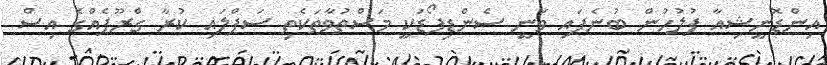
އިންޑޮނީޝިއާ ފުލުހުން ބުނެފައި ވަނީ ސެންޑިފޯޑަކީ މަސްތުވާތަކެތި ސަޕްލައި ކުރާ ގްރޫޕެއްގެ އިސް